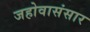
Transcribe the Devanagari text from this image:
जहोवासंसार